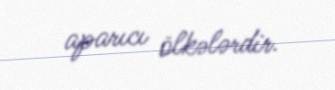
aparıcı ölkələrdir.